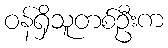
ဝန်ရှိသူတစ်ဦးက